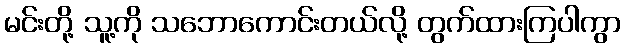
မင်းတို့ သူ့ကို သဘောကောင်းတယ်လို့ တွက်ထားကြပါကွာ